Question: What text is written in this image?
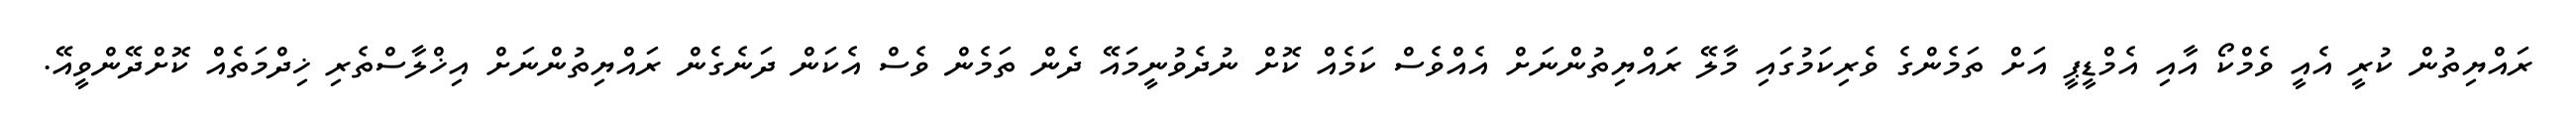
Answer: ރައްޔިތުން ކުރީ އެއީ ވެމްކޯ އާއި އެމްޑީޕީ އަށް ތަމެންގެ ވެރިކަމުގައި މާލޭ ރައްޔިތުންނަށް އެއްވެސް ކަމެއް ކޮށް ނުދެވުނީމައޭ ދެން ތަމެން ވެސް އެކަން ދަނެގެން ރައްޔިތުންނަށް އިޚްލާސްތެރި ޚިދްމަތެއް ކޮށްދޭންވީއޭ.